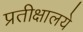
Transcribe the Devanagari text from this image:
प्रतीक्षालये